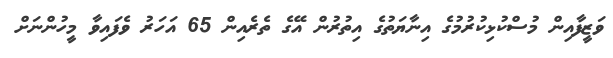
ވަޒީފާއިން މުސްކުޅިކުރުމުގެ އިނާޔަތުގެ އިތުރުން އޭގެ ތެރެއިން 65 އަހަރު ވެފައިވާ މީހުންނަށް